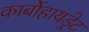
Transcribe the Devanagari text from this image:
कार्बोहायड्रेट